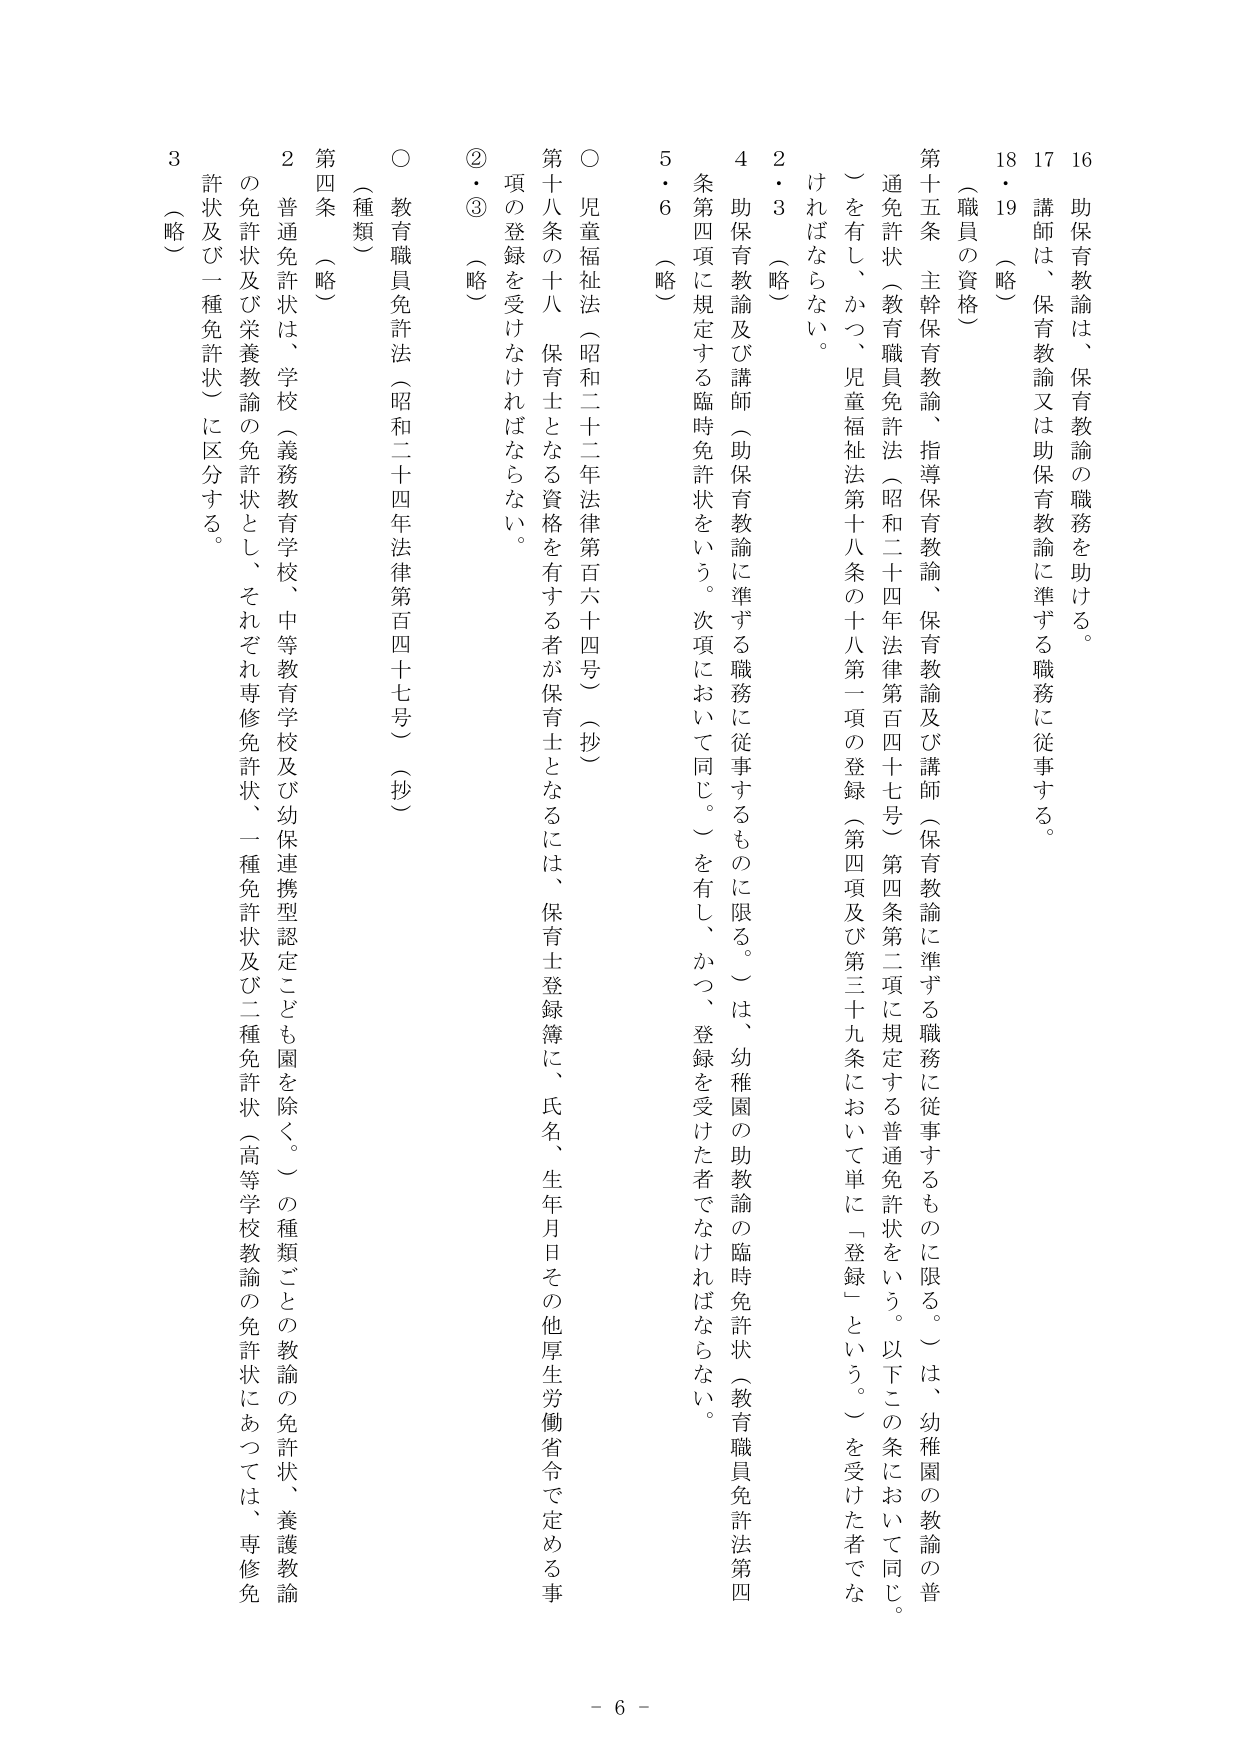
16 助保育教諭は、保育教諭の職務を助ける。
17 講師は、保育教諭又は助保育教諭に準ずる職務に従事する。
18・19 （略）

（職員の資格）
第十五条 主幹保育教諭、指導保育教諭、保育教諭及び講師（保育教諭に準ずる職務に従事するものに限る。）は、幼稚園の教諭の普通免許状（教育職員免許法（昭和二十四年法律第百四十七号）第四条第二項に規定する普通免許状をいう。以下この条において同じ。）を有し、かつ、児童福祉法第十八条の十八第一項の登録（第四項及び第三十九条において単に「登録」という。）を受けた者でなければならない。

2・3 （略）
4 助保育教諭及び講師（助保育教諭に準ずる職務に従事するものに限る。）は、幼稚園の助教諭の臨時免許状（教育職員免許法第四条第四項に規定する臨時免許状をいう。次項において同じ。）を有し、かつ、登録を受けた者でなければならない。
5・6 （略）

○ 児童福祉法（昭和二十二年法律第百六十四号）（抄）
第十八条の十八 保育士となる資格を有する者が保育士となるには、保育士登録簿に、氏名、生年月日その他厚生労働省令で定める事項の登録を受けなければならない。
②・③ （略）

○ 教育職員免許法（昭和二十四年法律第百四十七号）（抄）
（種類）
第四条 （略）
2 普通免許状は、学校（義務教育学校、中等教育学校及び幼保連携型認定こども園を除く。）の種類ごとの教諭の免許状、養護教諭の免許状及び栄養教諭の免許状とし、それぞれ専修免許状、一種免許状及び二種免許状（高等学校教諭の免許状にあっては、専修免許状及び一種免許状）に区分する。
3 （略）

- 6 -